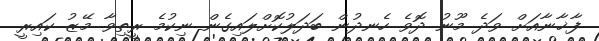
ފާޚާނާއަށް ވަދެ މޫނު ދޮވެ ހެނދުން ބަދަލުކޮށްލައިގެން ނިކުމެ ރީތިވާ މޭޒު ކައިރީ